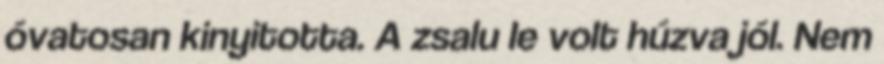
óvatosan kinyitotta. A zsalu le volt húzva jól. Nem